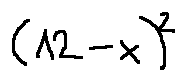
( 1 2 - x ) ^ { 2 }